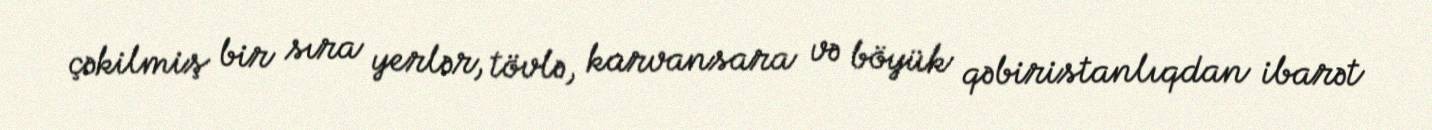
çəkilmiş bir sıra yerlər, tövlə, karvansara və böyük qəbiristanlıqdan ibarət